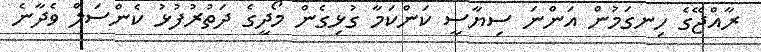
ރާއްޖޭގެ ހިނގަމުން އަންނަ ސިޔާސީ ކަންކަމާ ގުޅިގެން މޯދީގެ ދަތުރުފުޅު ކެންސަލް ވެދާނެ